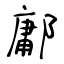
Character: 鄘